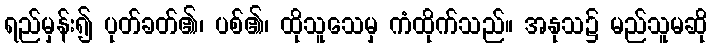
ရည်မှန်း၍ ပုတ်ခတ်၏၊ ပစ်၏၊ ထိုသူသေမှ ကံထိုက်သည်။ အနုသ၌ မည်သူမဆို